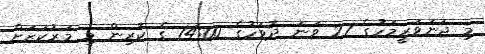
މި ޖަނަވަރީމަހުގެ 27 ވަނަ ދުވަހުގެ 14:00 ގެ ކުރިން މި މަރުކަޒަށް